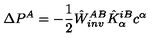
\Delta P ^ { A } = - \frac { 1 } { 2 } \hat { W } _ { i n v } ^ { A B } \hat { K } _ { \alpha } ^ { i B } c ^ { \alpha }